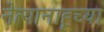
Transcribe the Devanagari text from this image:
नेत्यानाहूच्या